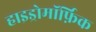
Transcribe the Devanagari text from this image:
हाइड्रोमॉर्फ़िक